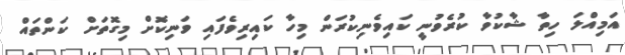
އަމިއްލަ ހިތާ ޝާކުވާ ކުރެވުނީ ކައިވެނިކުރަން މިހާ ކައިރިވެފައި ވަނިކޮށް މިގޮތަށް ކަންތައް